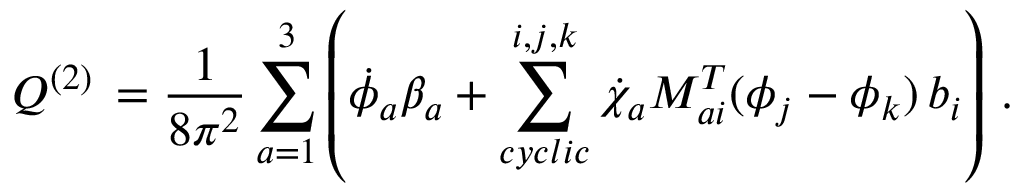
{ Q } ^ { ( 2 ) } \, = \frac { 1 } { 8 \pi ^ { 2 } } \sum _ { a = 1 } ^ { 3 } \left( \dot { \phi } _ { a } \beta _ { a } + \sum _ { c y c l i c } ^ { i , j , k } \dot { \chi } _ { a } M _ { a i } ^ { T } ( \phi _ { j } - \phi _ { k } ) \, b _ { i } \right) \, .